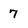
Character: 7